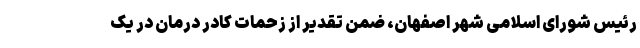
رئیس شورای اسلامی شهر اصفهان، ضمن تقدیر از زحمات کادر درمان در یک